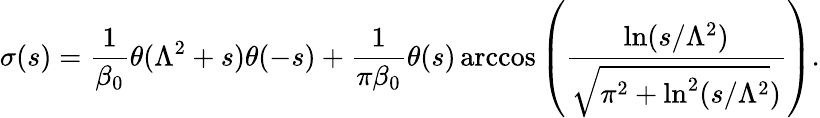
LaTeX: \sigma(s)=\frac 1{\beta_{0}}\theta(\Lambda^{2}+s)\theta(-s)+\frac 1{\pi\beta_{0}}\theta(s)\operatorname{arccos}\left(\frac{\ln(s/\Lambda^{2})}{\sqrt{\pi^{2}+\ln^{2}(s/\Lambda^{2}})}\right).